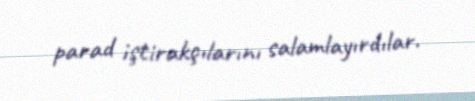
parad iştirakçılarını salamlayırdılar.